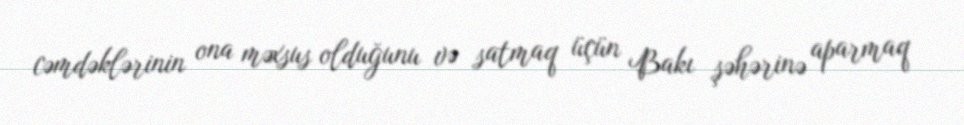
cəmdəklərinin ona məxsus olduğunu və satmaq üçün Bakı şəhərinə aparmaq